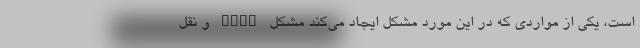
است، یکی از مواردی که در این مورد مشکل ایجاد می‌کند مشکل FATF و نقل